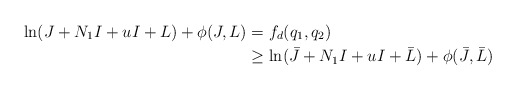
\begin{align*}\ln(J+N_1I+uI+L)+\phi(J,L)&=f_d(q_1,q_2)\\&\ge \ln(\bar{J}+N_1I+uI+\bar{L})+\phi(\bar{J},\bar{L})\end{align*}